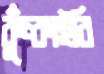
কুঁচ্‌কাইবি